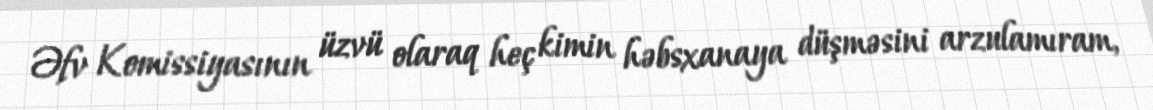
Əfv Komissiyasının üzvü olaraq heç kimin həbsxanaya düşməsini arzulamıram,